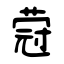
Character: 蒄